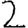
Digit: 2